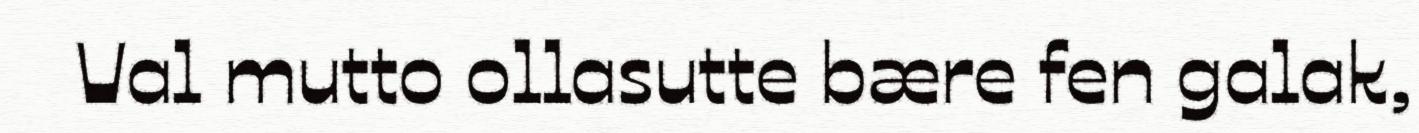
Val mutto ollasutte bære fen galak,